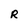
Character: R